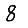
Digit: 8